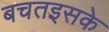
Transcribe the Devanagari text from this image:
बचतइसके